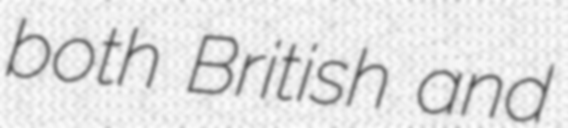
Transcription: both British and